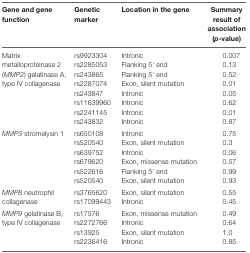
<table><thead><tr><td><b>Gene and gene function</b></td><td><b>Genetic marker</b></td><td><b>Location in the gene</b></td><td><b>Summary result of association (<i>p</i>-value)</b></td></tr></thead><tbody><tr><td rowspan="4">Matrix metalloproteinase 2 (<i>MMP2</i>) gelatinase A, type IV collagenase</td><td>rs9923304</td><td>Intronic</td><td>0.007</td></tr><tr><td>rs2285053</td><td>Flanking 5′ end</td><td>0.13</td></tr><tr><td>rs243865</td><td>Flanking 5′ end</td><td>0.52</td></tr><tr><td>rs2287074</td><td>Exon, silent mutation</td><td>0.01</td></tr><tr><td></td><td>rs243847</td><td>Intronic</td><td>0.05</td></tr><tr><td></td><td>rs11639960</td><td>Intronic</td><td>0.62</td></tr><tr><td></td><td>rs2241145</td><td>Intronic</td><td>0.01</td></tr><tr><td></td><td>rs243832</td><td>Intronic</td><td>0.87</td></tr><tr><td rowspan="2"><i>MMP3</i> stromelysin 1</td><td>rs650108</td><td>Intronic</td><td>0.75</td></tr><tr><td>rs520540</td><td>Exon, silent mutation</td><td>0.3</td></tr><tr><td></td><td>rs639752</td><td>Intronic</td><td>0.06</td></tr><tr><td></td><td>rs679620</td><td>Exon, missense mutation</td><td>0.57</td></tr><tr><td></td><td>rs522616</td><td>Flanking 5′ end</td><td>0.99</td></tr><tr><td></td><td>rs520540</td><td>Exon, silent mutation</td><td>0.93</td></tr><tr><td rowspan="2"><i>MMP8</i> neutrophil collagenase</td><td>rs3765620</td><td>Exon, silent mutation</td><td>0.55</td></tr><tr><td>rs17099443</td><td>Intronic</td><td>0.45</td></tr><tr><td rowspan="3"><i>MMP9</i> gelatinase B, type IV collagenase</td><td>rs17576</td><td>Exon, missense mutation</td><td>0.49</td></tr><tr><td>rs2272766</td><td>Intronic</td><td>0.64</td></tr><tr><td>rs13925</td><td>Exon, silent mutation</td><td>1.0</td></tr><tr><td></td><td>rs2236416</td><td>Intronic</td><td>0.85</td></tr></tbody></table>